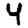
Digit: 4